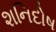
શનિદોષ